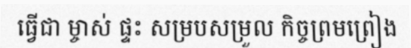
ធ្វើជា ម្ចាស់ ផ្ទះ សម្របសម្រួល កិច្ចព្រមព្រៀង